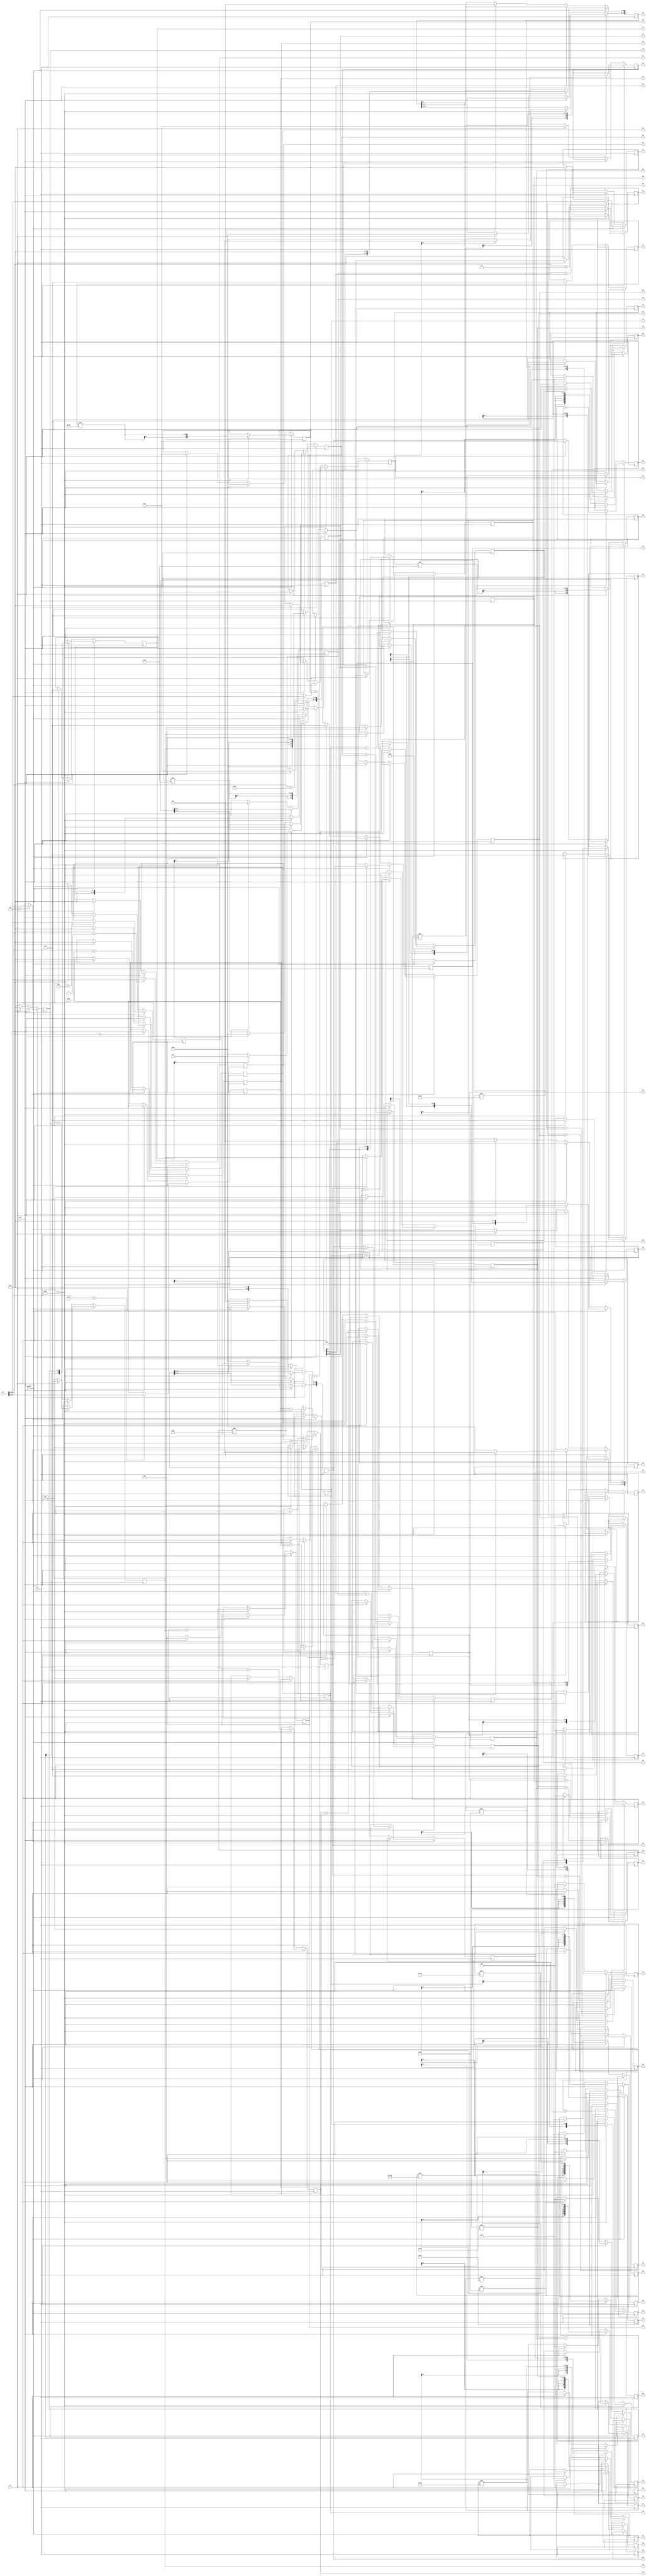
`timescale 1ns / 1ps
//////////////////////////////////////////////////////////////////////////////////
// Company: 
// Engineer: 
// 
// Design Name: 
// Module Name: dctsim
// Project Name: 
// Target Devices: 
// Tool Versions: 
// Description: 
// 
// Dependencies: 
// 
// Revision:
// Revision 0.01 - File Created
// Additional Comments:
// 
//////////////////////////////////////////////////////////////////////////////////


module dctsim(clk,clr,enable,out,sw, 
I0,I1,I2,I3,I4,I5,I6,I7,
A0,A1,A2,A3,A4,A5,A6,A7,
B0,B1,B2,B3,B4,B5,B6,B7,
C0,C1,C2,C3,C4,C5,C6,C7,C8,
D0,D1,D2,D3,D4,D5,D6,D7,D8,
E0,E1,E2,E3,E4,E5,E6,E7,
F0,F1,F2,F3,F4,F5,F6,F7,
G0,G1,G2,G3,G4,G5,G6,G7
);

//100 MHz CLOCK CONNECTED TO W5   
input clk;
//Push Button Inputs     
input clr;     
input enable;  
input out;                      
// Slide Switch Inputs
input signed [15:0] sw; 
                
output reg signed [7:0] I0,I1,I2,I3,I4,I5,I6,I7;            
output reg signed [8:0] A0,A1,A2,A3,A4,A5,A6,A7;
output reg signed [9:0] B0,B1,B2,B3,B4,B5,B6,B7;
output reg signed [10:0] C0,C1,C2,C3,C4,C5,C6,C7,C8;    
output reg signed [21:0] D0,D1,D2,D3,D4,D5,D6,D7,D8;
output reg signed [22:0] E0,E1,E2,E3,E4,E5,E6,E7;
output reg signed [23:0] F0,F1,F2,F3,F4,F5,F6,F7;
output reg signed [39:0] G0,G1,G2,G3,G4,G5,G6,G7;

wire signed [10:0] m1 = 11'b000_10110101,  //0.7071
                   m2 = 11'b000_01100001,  //0.3826
                   m3 = 11'b000_10001010,  //0.5412
                   m4 = 11'b001_01001110;  //1.3066
                       
wire signed [15:0] s0 = 16'b0000_010110101000,//0.353606789 
                   s4 = 16'b0000_010110101000,//0.353515625
                   s6 = 16'b0000_101001110011,//0.653076171875
                   s2 = 16'b0000_010001010100,//0.2705078125
                   s3 = 16'b0000_010011001111,//0.300537109375
                   s5 = 16'b0000_011100110011,//0.449951171875
                   s7 = 16'b0001_010010000000,//1.28125
                   s1 = 16'b0000_010000010100;//0.2548828125

always @(posedge clk) begin

if ( (enable == 1))  
    begin
    case(sw[15:8]) 

        0:I0 <= sw[7:0];
        1:I1 <= sw[7:0];
        2:I2 <= sw[7:0];
        4:I3 <= sw[7:0];
        8:I4 <= sw[7:0];
        16:I5 <= sw[7:0];
        32:I6 <= sw[7:0];
        64:I7 <= sw[7:0];
       128:  
            begin
                //STAGE-1
                A0 <= I0 + I7;
                A1 <= I1 + I6;
                A2 <= I2 + I5;
                A3 <= I3 + I4;
                A4 <= I3 - I4;
                A5 <= I2 - I5;
                A6 <= I1 - I6;
                A7 <= I0 - I7;
                //STAGE-2
                B0 <= A0 + A3;
                B1 <= A1 + A2;
                B2 <= A1 - A2;
                B3 <= A0 - A3;
                B4 <= A4 + A5;
                B5 <= A5 + A6;
                B6 <= A6 + A7;
                B7 <= A7;
                //STAGE-3
                C0 <= B0 + B1;
                C1 <= B0 - B1;
                C2 <= B2 + B3;
                C3 <= B3;
                C4 <= B4;
                C5 <= B5;
                C6 <= B6;
                C7 <= B7;
                C8 <= B4 - B6;
                //STAGE-4
                D0 <= {C0,8'b0}; if (C0[10]) D0[21:19] <= 3'b111;
                D1 <= {C1,8'b0}; if (C1[10]) D1[21:19] <= 3'b111; 
                D2 <= C2 * m1;
                D3 <= {C3,8'b0}; if (C3[10]) D3[21:19] <= 3'b111;
                D4 <= C4 * m3;
                D5 <= C5 * m1;
                D6 <= C6 * m4;
                D7 <= {C7,8'b0}; if (C7[10]) D7[21:19] <= 3'b111;
                D8 <= C8 * m2;
                //STAGE-5
                E0 <= D0;
                E1 <= D1;
                E2 <= D3 - D2;
                E3 <= D3 + D2;
                E4 <= D4 + D8;
                E5 <= D7 - D5; 
                E6 <= D6 + D8;
                E7 <= D5 + D7; 
                //STAGE-6
                F0 <= E0;
                F1 <= E1;
                F2 <= E2;
                F3 <= E3;
                F4 <= E5 - E4; 
                F5 <= E5 + E4;
                F6 <= E7 - E6;
                F7 <= E7 + E6;               
                end
                endcase
                end
                //OUTPUTS
            else if ((out == 1)) begin
                G0 <= F0 * s0;
                G4 <= F1 * s4;
                G6 <= F2 * s6;
                G2 <= F3 * s2;
                G3 <= F4 * s3;
                G5 <= F5 * s5;
                G7 <= F6 * s7;
                G1 <= F7 * s1;         
                end 

    else if ((clr == 1)) begin
        
        I0 <= 0;
        I1 <= 0;
        I2 <= 0;
        I3 <= 0;
        I4 <= 0;
        I5 <= 0;
        I6 <= 0;
        I7 <= 0;
        A0 <= 0;
        A1 <= 0;
        A2 <= 0;
        A3 <= 0;
        A4 <= 0;
        A5 <= 0;
        A6 <= 0;
        A7 <= 0;
        B0 <= 0;
        B1 <= 0;
        B2 <= 0;
        B3 <= 0;
        B4 <= 0;
        B5 <= 0;
        B6 <= 0;
        B7 <= 0;
        C0 <= 0;
        C1 <= 0;
        C2 <= 0;
        C3 <= 0;
        C4 <= 0;
        C5 <= 0;
        C6 <= 0;
        C7 <= 0;
        C8 <= 0;
        D0 <= 0;
        D1 <= 0;
        D2 <= 0;
        D3 <= 0;
        D4 <= 0;
        D5 <= 0;
        D6 <= 0;
        D7 <= 0;
        D8 <= 0;
        E0 <= 0;
        E1 <= 0;
        E2 <= 0;
        E3 <= 0;
        E4 <= 0;
        E5 <= 0;
        E6 <= 0;
        E7 <= 0;
        F0 <= 0;
        F1 <= 0;
        F2 <= 0;
        F3 <= 0;
        F4 <= 0;
        F5 <= 0;
        F6 <= 0;
        F7 <= 0;
        G0 <= 0;
        G1 <= 0;
        G2 <= 0;
        G3 <= 0;
        G4 <= 0;
        G5 <= 0;
        G6 <= 0;
        G7 <= 0;
   end
end
endmodule